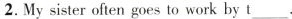
2. My sister often goes to work by t___ .